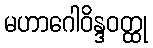
မဟာဂေါဝိန္ဒဝတ္ထု